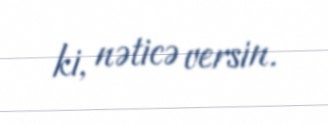
ki, nəticə versin.